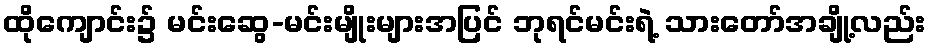
ထိုကျောင်း၌ မင်းဆွေ-မင်းမျိုးများအပြင် ဘုရင်မင်းရဲ့ သားတော်အချို့လည်း